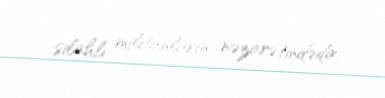
silahlı militanların nəzarətindədir.